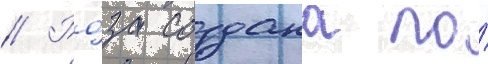
// Ро́за создана по́